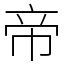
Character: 帝